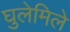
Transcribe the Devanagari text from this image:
घुलेमिले